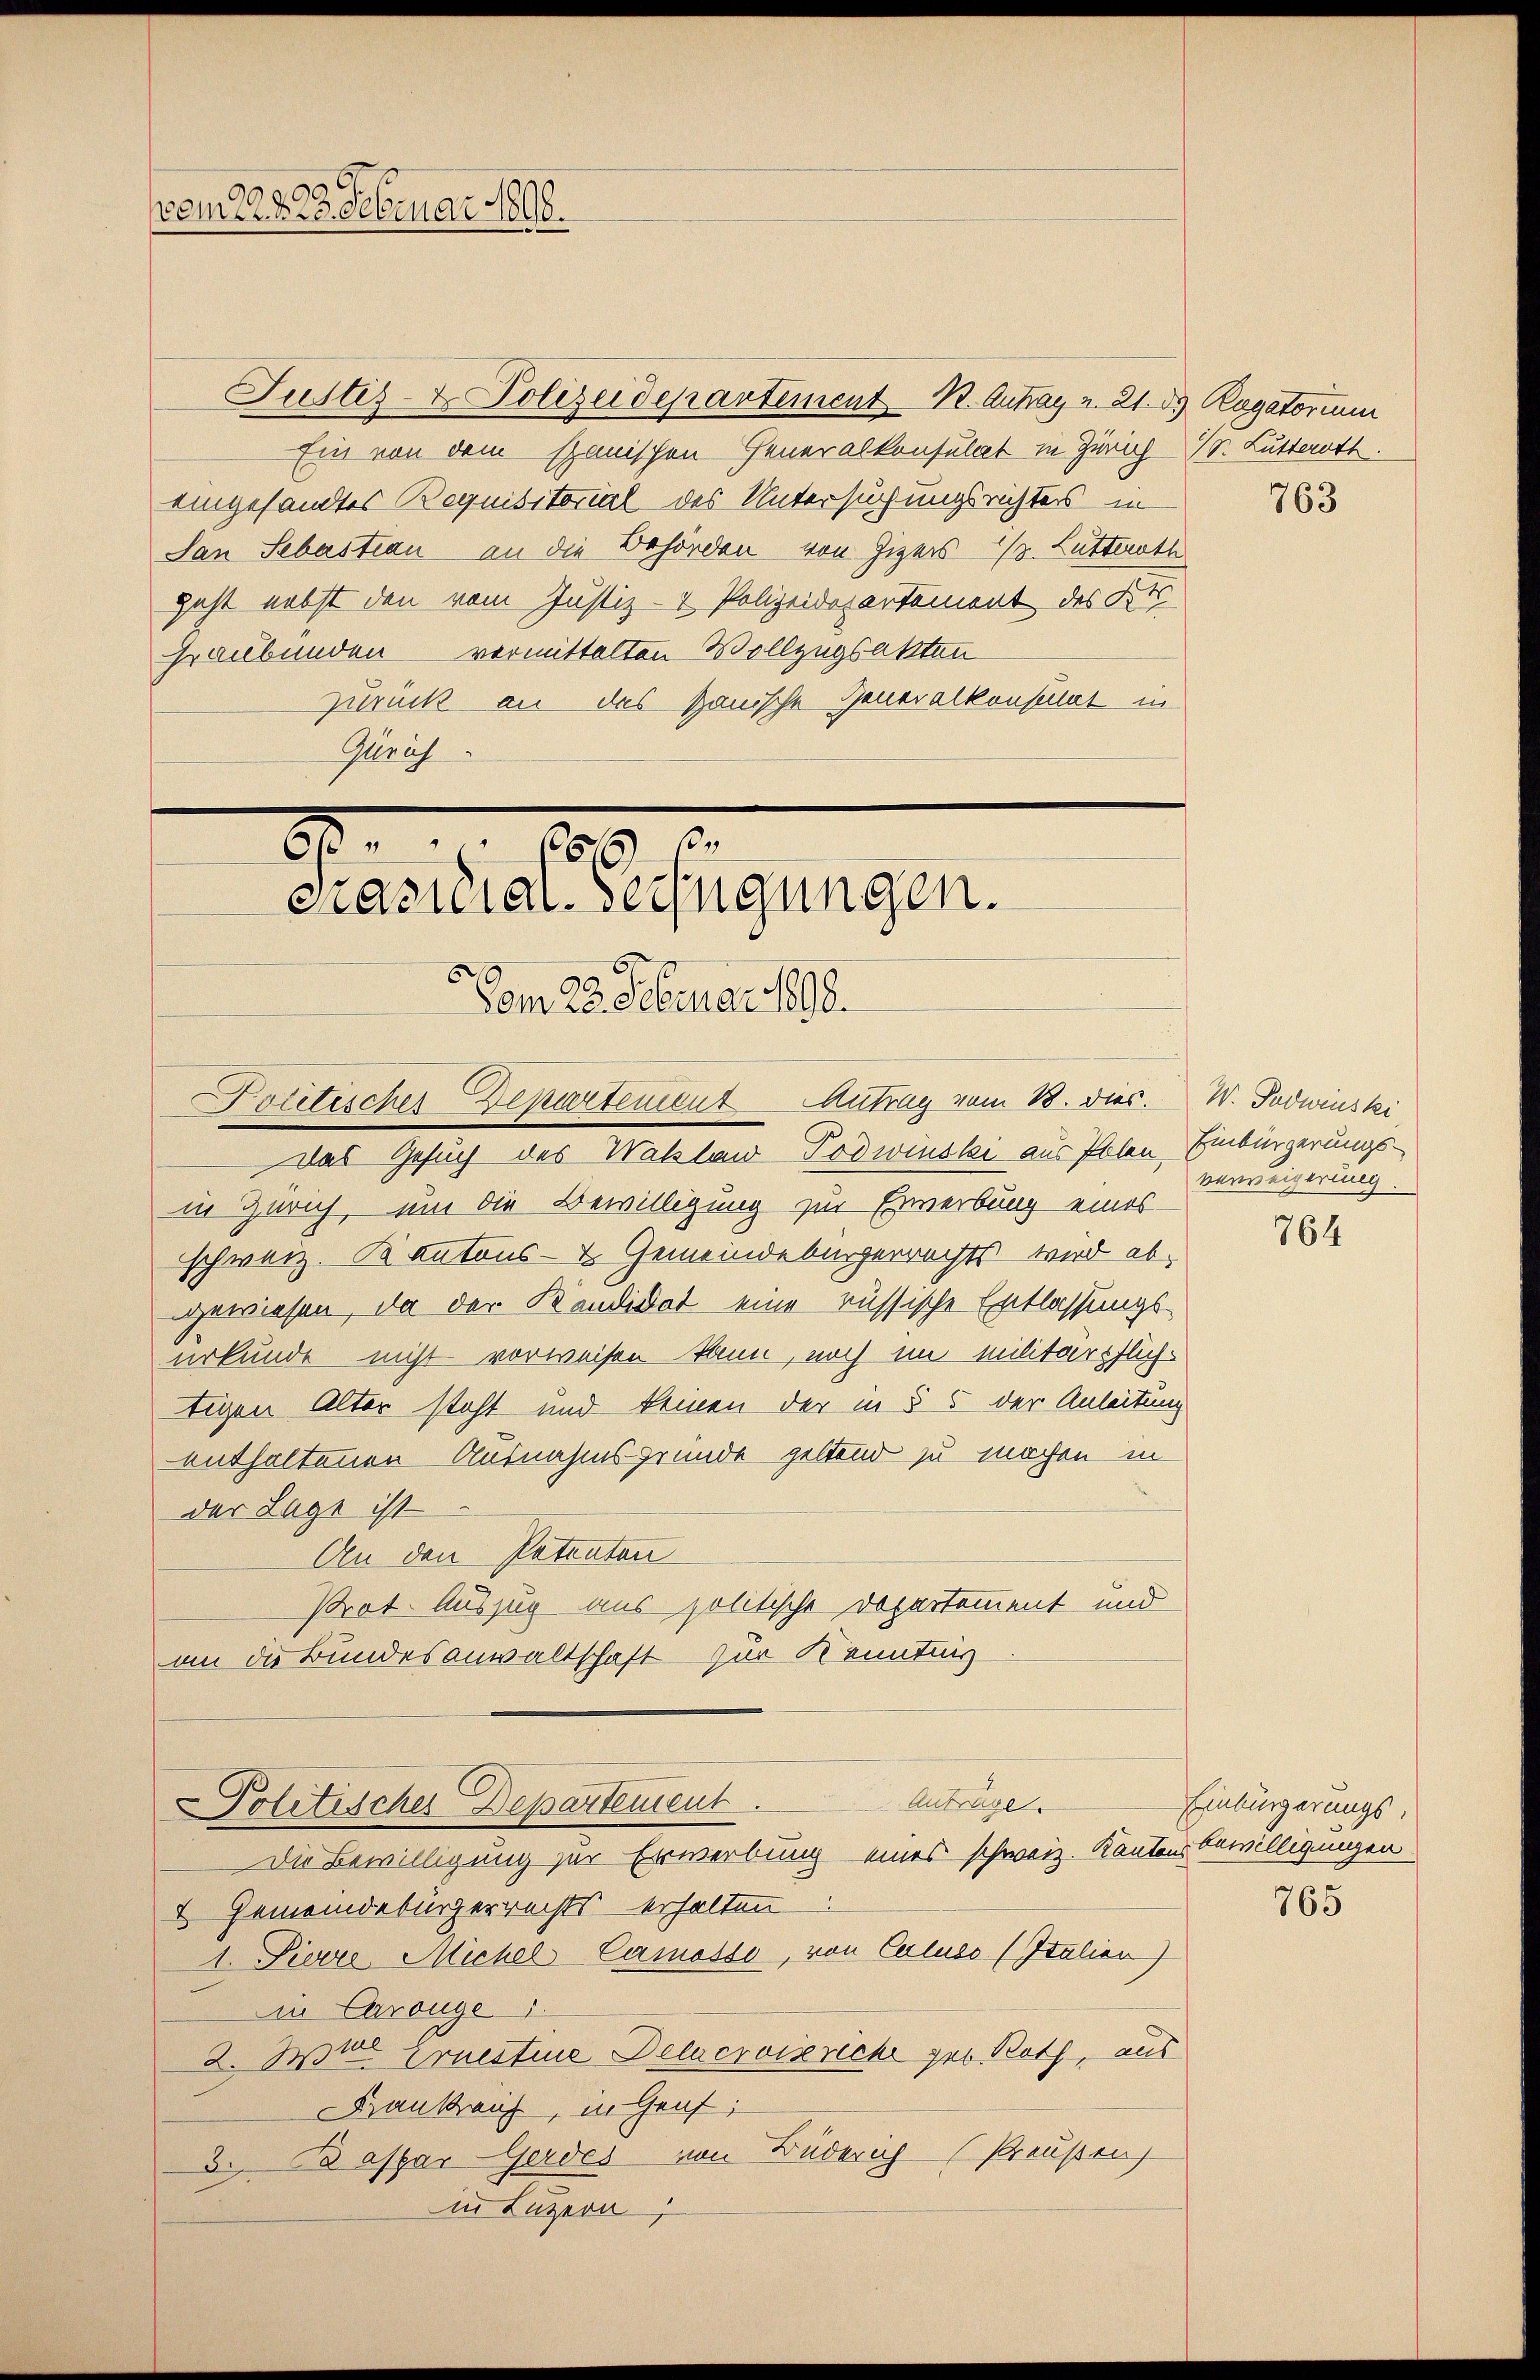
30
omit d. 23. Februar 1808.

Justiz- & Polizeidepartement B. Antrag v. 21. ds. Ragatorium
Ein von dem Spanischen Generalkonsulat in Zürich St. Lutterott
eingesandtes Requisitorial des Untersuchungsrichters in
San Sebastian an die Behörden von Zizers 1/3. Lutterath
geht nebst den vom Justiz- & Polizeidepartement des Kts.
Graubünden vermittelten Wollzugsakten
zurück an das sanische Generalkonsulat in
Gürich

8
87.
Präsidial-Verfügungen.
Vom 28. Februar 1890.
Politischer Departement Antrag vom 18. dies. W. Todwinski

das Gesuch des Waklaw Podwinslei aus Polen Einbürgerungsin Zürich, um die Bewilligung zur Erwerbung eines
schweiz. Kantons- & Gemeindebürgerrechts wird ab-
gewiesen, da der Kandidat eine russische Entlassungsurkunde nicht vorweisen kann, noch im militärpflich-
tigen Alter steht und keinen der in § 5 der Anleitung
enthaltenen Ausnahmsgründe geltend zu machen in
der Lage ist
An den Patenten
Prot. Auszug aus politische Departement und
an die Bundesanwaltschaft zur Kenntnis
Antrage.
Politischer Departement.
Die Bewilligung zur Erwerbung eines schweiz. Kantonsbewilligungen
7 Gemeindebürgerrechts erhalten
1. Pierre Michel Camosso, von Caluso (Italien)
in Carouge 1
2. Wirt Ernestine Delacroizricht geb. Roth, aus
Frankreich, in Graf,
3. Baspar Gerdes von Buderich Preußen
in Luzern,

763

verweigerung.

764

Einbürgerungs-

765